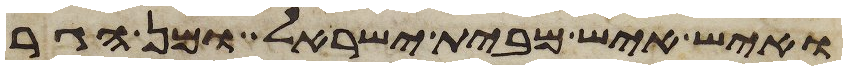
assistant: ואיש איש מבית ישראל ומן הגר